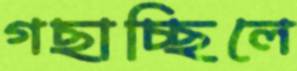
গছাচ্ছিলে